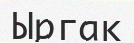
Ыргак